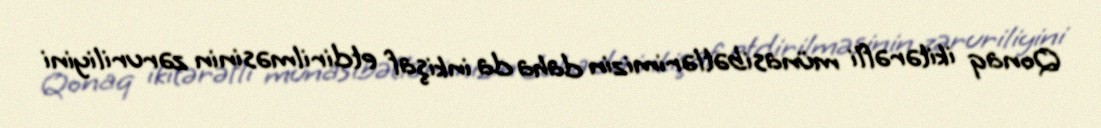
Qonaq ikitərəfli münasibətlərimizin daha da inkişaf etdirilməsinin zəruriliyini